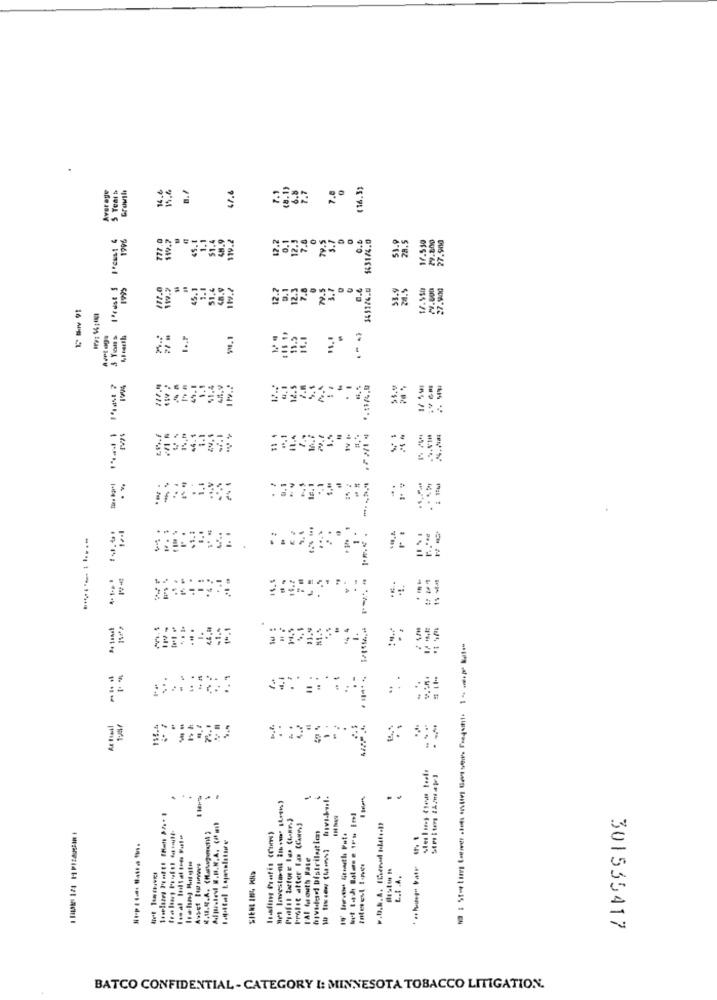
Average
Growth
16.6
15.6
47.6
7.1
( 8. 1)
6.8
(16.33
5 Tear &
IPrast S FFCus! 4
777.0
45.1
1.1
1.4
48.9
12.2
0. 1
7.8
0
TV.S
5.1
5431/4.0
31.8
17.550
27-800
27.900
112.0
45.1
3.1
51.4
12.2
7.8
7V.S
3.1
12.
1.1
20 %
1/ 54
--
.
1.1
. ..
-
.. V
...
M.
-
Is da
.. 1
150
...
.. 4
- :
9.4
-
"el Investo-nt it vos [Less)
Prolit atter Fan (Comme3
Inding Pratis (Civs)
I'Al faouth Fate
SIER ING KN>
Hestes I
L.I .A.
301535417
BATCO CONFIDENTIAL - CATEGORY I: MINNESOTA TOBACCO LITIGATION.